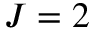
J = 2